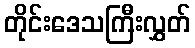
တိုင်းဒေသကြီးလွှတ်